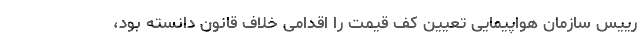
رییس سازمان هواپیمایی تعیین کفِ قیمت را اقدامی خلاف قانون دانسته بود،